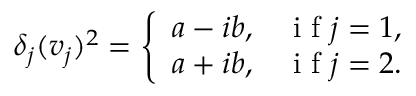
\begin{array} { r } { \delta _ { j } ( v _ { j } ) ^ { 2 } = \left\{ \begin{array} { l l } { a - i b , } & { \mathrm { ~ i ~ f ~ } j = 1 , } \\ { a + i b , } & { \mathrm { ~ i ~ f ~ } j = 2 . } \end{array} \right. } \end{array}